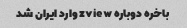
باخره دوباره zview وارد ایران شد